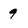
Character: 9